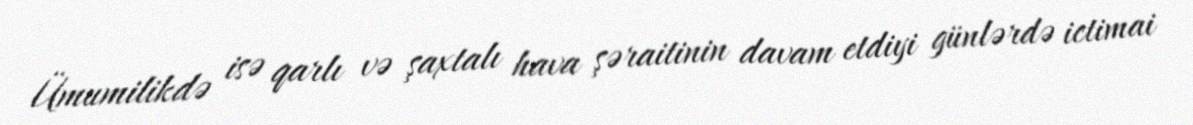
Ümumilikdə isə qarlı və şaxtalı hava şəraitinin davam etdiyi günlərdə ictimai